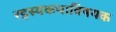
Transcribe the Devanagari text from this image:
रहस्यकथाविषयक